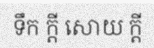
ទឹក ក្តី សោយ ក្តី